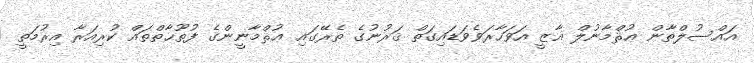
އައްސުލްތާން ޢުޘްމާނުލް ޣާޒީ އަވަހާރަވެވަޑައިގަތް ޤަރުނުގެ ތެރޭގައި ޢުޘްމާނީންގެ ފުތޫޙާތްތައް ކުރިއަރާ އިރުމަތީ